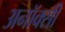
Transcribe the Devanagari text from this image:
अनॉक्सी